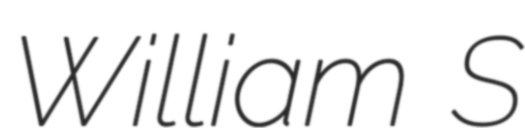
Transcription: William S